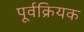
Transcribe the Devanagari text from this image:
पूर्वक्रियक